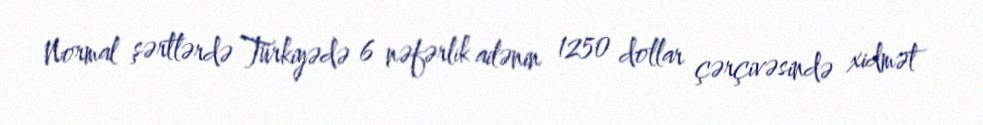
Normal şərtlərdə Türkiyədə 6 nəfərlik ailənin 1250 dollar çərçivəsində xidmət